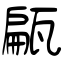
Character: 甂